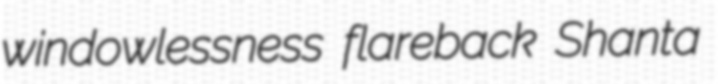
windowlessness flareback Shanta